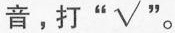
音，打”√” 。